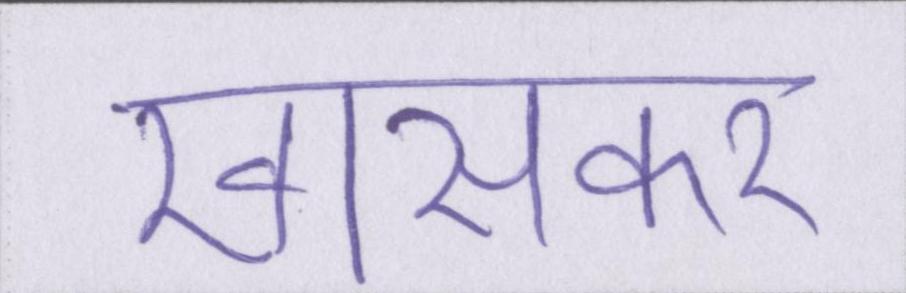
खासकर